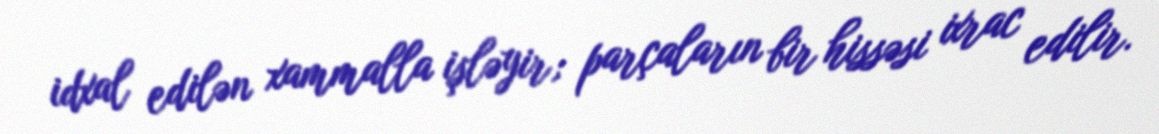
idxal edilən xammalla işləyir; parçaların bir hissəsi ixrac edilir.